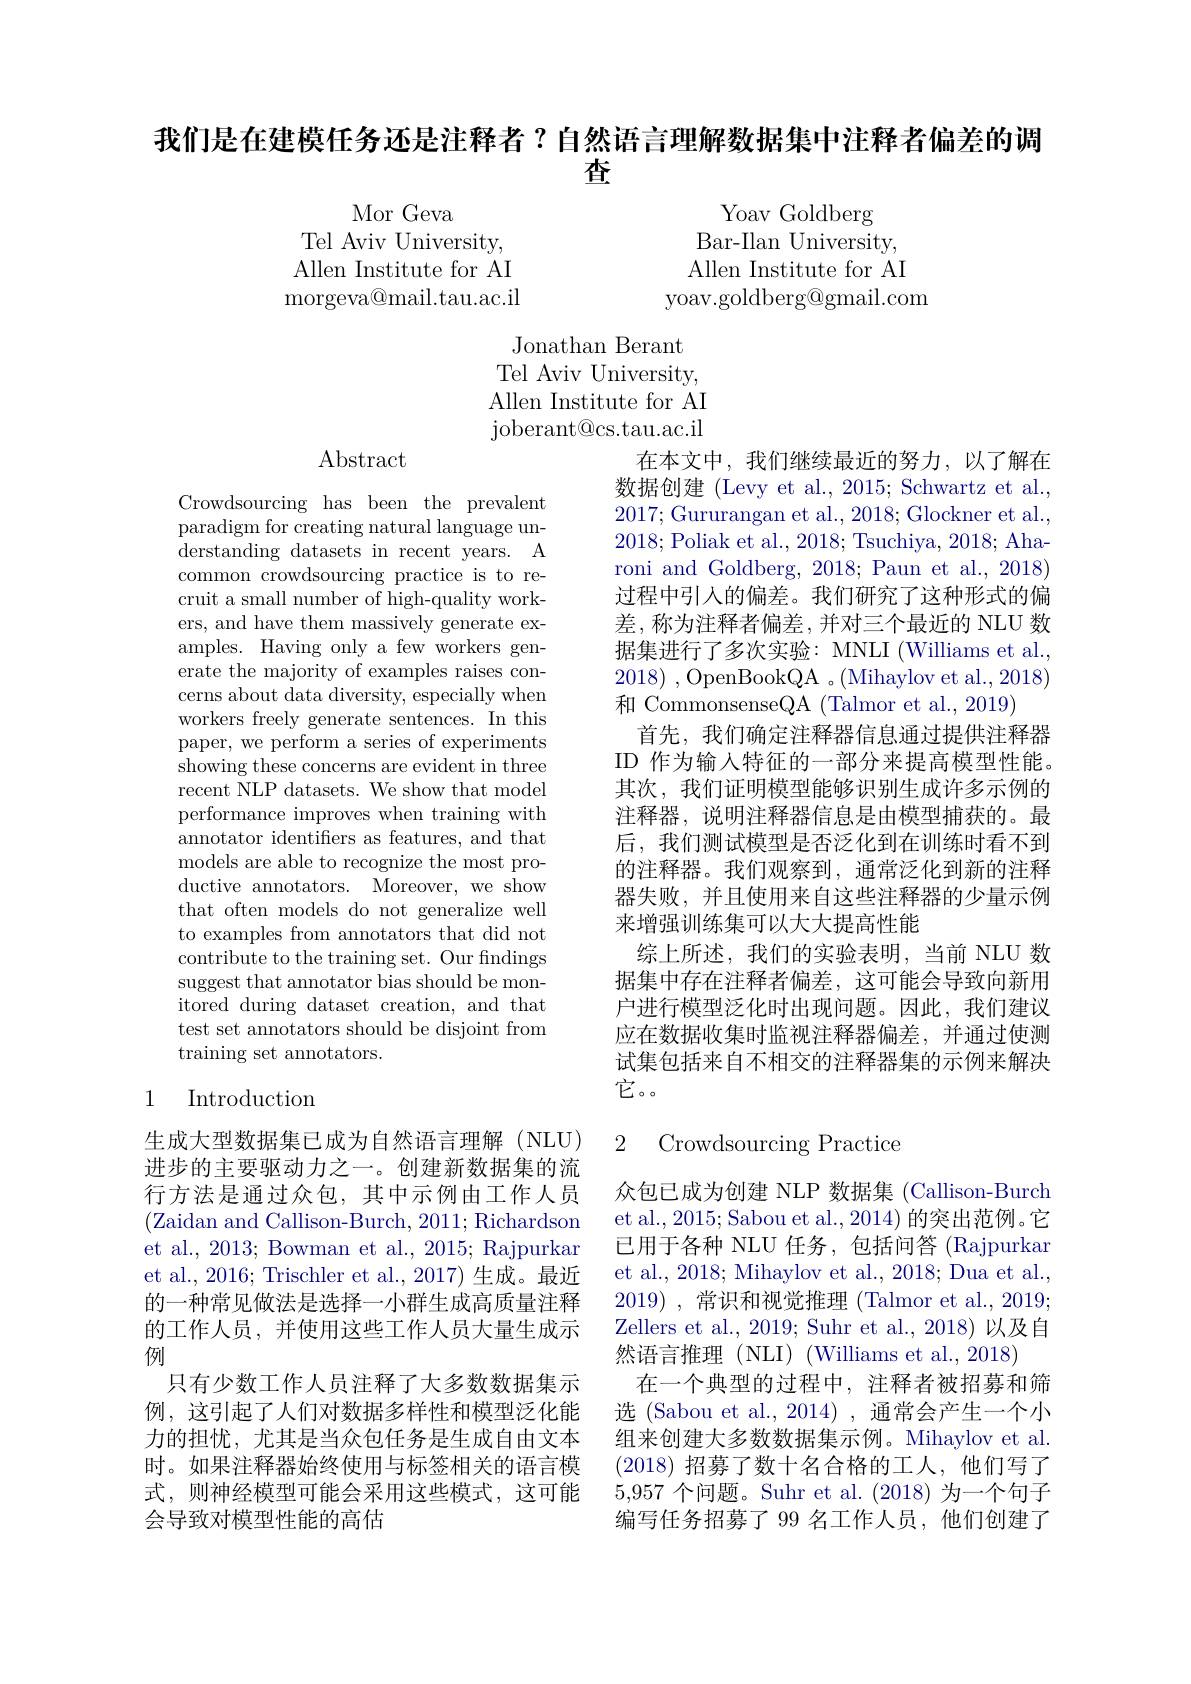
我们是在建模任务还是注释者？自然语言理解数据集中注释者偏差的调

查

Mor Geva
Tel Aviv University, Allen Institute for AI ${\mathrm{morgeva@mail.tau.ac.il}}$

Yoav Goldberg
Bar-Ilan University, Allen Institute for AI
yoav.goldberg@gmail.com

Jonathan Berant Tel Aviv University, Allen Institute for AI joberant@ cs. tau. ac. il

## $\operatorname{Abstract}$

Crowdsourcing has been the prevalent paradigm for creating natural language understanding datasets in recent years. A common crowdsourcing practice is to recruit a small number of high-quality workers, and have them massively generate examples. Having only a few workers generate the majority of examples raises concerns about data diversity, especially when workers freely generate sentences. In this paper, we perform a series of experiments showing these concerns are evident in three recent $\bar{\text{NLP datasets. We show that model}}$ performance improves when training with annotator identifiers as features, and that models are able to recognize the most productive annotators. Moreover, we show that often models do not generalize well to examples from annotators that did not contribute to the training set. Our fndings suggest that annotator bias should be monitored during dataset creation, and that test set annotators should be disjoint from training set annotators.

在本文中，我们继续最近的努力，以了解在数据创建 (Levy et al., 2015; Schwartz et al., 2017;Gururangan et al., 2018; Glockner et al., 2018; Poliak et al., 2018; Tsuchiya, 2018; Aharoni and Goldberg, 2018; Paun et al., 2018) 过程中引入的偏差。我们研究了这种形式的偏差，称为注释者偏差，并对三个最近的 NLU 数据集进行了多次实验：MNLI (Williams et al. 2018) , OpenBookQA 。(Mihaylov et al., 2018) 和 CommonsenseQA (Talmor et al., 2019)
首先，我们确定注释器信息通过提供注释器ID 作为输入特征的一部分来提高模型性能。其次，我们证明模型能够识别生成许多示例的注释器，说明注释器信息是由模型捕获的。最后，我们测试模型是否泛化到在训练时看不到的注释器。我们观察到，通常泛化到新的注释器失败，并且使用来自这些注释器的少量示例来增强训练集可以大大提高性能
综上所述，我们的实验表明，当前 NLU 数据集中存在注释者偏差，这可能会导致向新用户进行模型泛化时出现问题。因此，我们建议应在数据收集时监视注释器偏差，并通过使测试集包括来自不相交的注释器集的示例来解决它。。

## 1 Introduction

2 Crowdsourcing Practice

生成大型数据集已成为自然语言理解(NLU) 进步的主要驱动力之一。创建新数据集的流行方法是通过众包，其中示例由工作人员(Zaidan and Callison-Burch, 2011; Richardson et al., 2013; Bowman et al., 2015; Rajpurkar et al., 2016; Trischler et al., 2017) 生成。最近的一种常见做法是选择一小群生成高质量注释的工作人员，并使用这些工作人员大量生成示例
只有少数工作人员注释了大多数数据集示例，这引起了人们对数据多样性和模型泛化能力的担忧，尤其是当众包任务是生成自由文本时。如果注释器始终使用与标签相关的语言模式，则神经模型可能会采用这些模式，这可能会导致对模型性能的高估

众包已成为创建 NLP 数据集 (Callison-Burch et al., 2015; Sabou et al., 2014) 的突出范例。它已用于各种 NLU 任务，包括问答 (Rajpurkar et al., 2018; Mihaylov et al., 2018; Dua et al., 2019) , 常识和视觉推理 (Talmor et al., 2019; Zellers et al., 2019; Suhr et al., 2018) 以及自然语言推理(NLI)(Williams et al., 2018)
在一个典型的过程中，注释者被招募和筛选 (Sabou et al., 2014) , 通常会产生一个小组来创建大多数数据集示例。Mihaylov et al. (2018)招募了数十名合格的工人，他们写了5,957个问题。Suhr et al. (2018) 为一个句子编写任务招募了 99 名工作人员，他们创建了